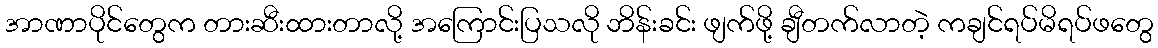
အာဏာပိုင်တွေက တားဆီးထားတာလို့ အကြောင်းပြသလို ဘိန်းခင်း ဖျက်ဖို့ ချီတက်လာတဲ့ ကချင်ရပ်မိရပ်ဖတွေ